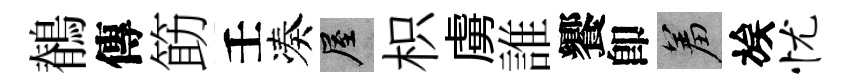
鶺傳筯壬凑屋枳虜誰饗卽羞族忧